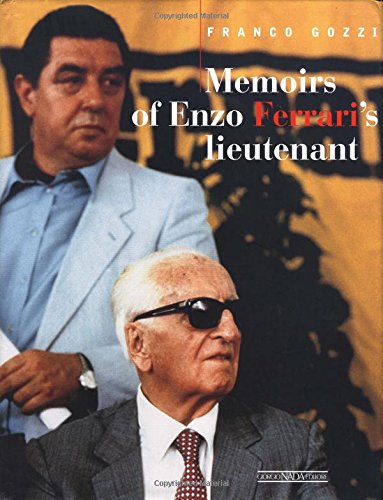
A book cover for Memoirs of Enzo Ferrari's lieutenant; Franco Gizzi; Engineering & Transportation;